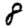
Digit: 8